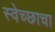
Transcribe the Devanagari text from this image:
स्वेच्छाचा